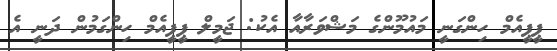
ޕީޕީއެމް ހިންގަނީ މައުމޫންގެ މަޝްވަރާއާ އެކު: ޖަމީލް ޕީޕީއެމް ހިންގަމުން ދަނީ އެ